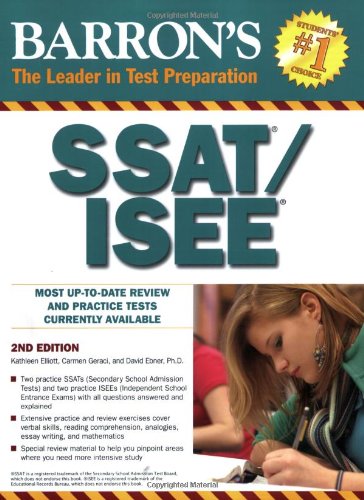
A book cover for Barron's SSAT/ISEE (Barron's How to Prepare for the SSAT/ISEE); Kathleen Elliott; Test Preparation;